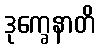
ဒုက္ခေနာတိ